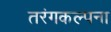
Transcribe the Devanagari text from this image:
तरंगकल्पना